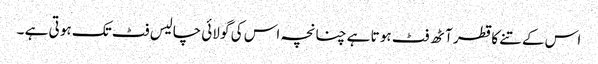
اس کے تنے کا قطر آٹھ فٹ ہو تا ہے چنانچہ اس کی گو لائی چالیس فٹ تک ہو تی ہے ۔